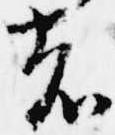
者